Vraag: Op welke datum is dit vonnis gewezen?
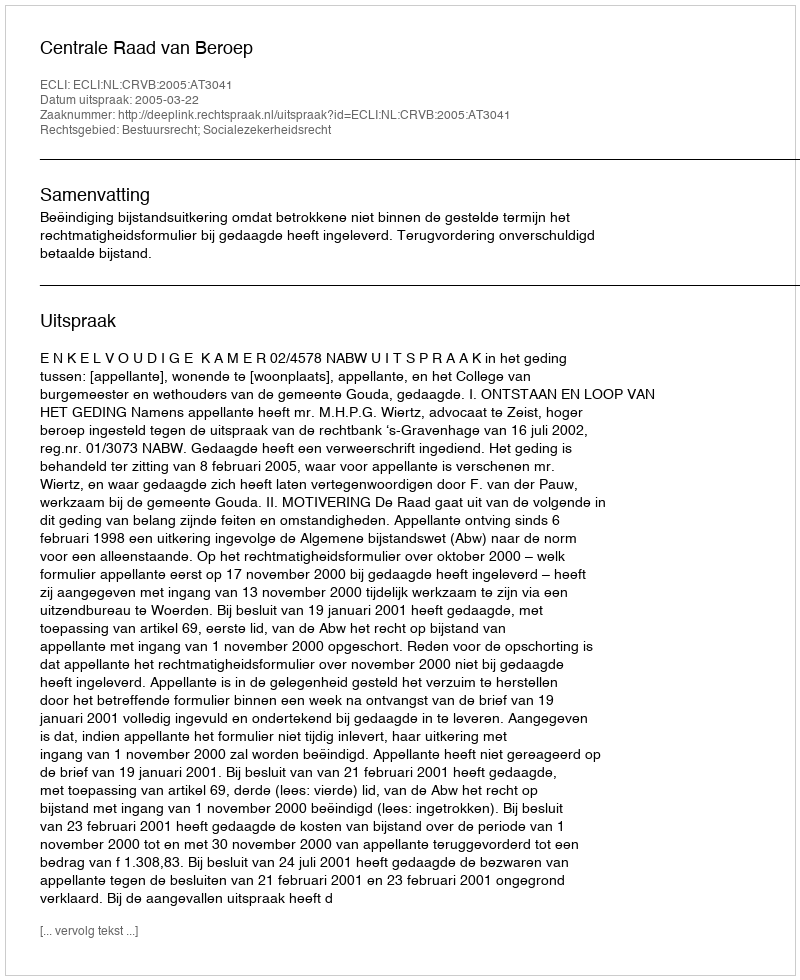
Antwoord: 2005-03-22